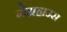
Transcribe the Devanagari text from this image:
गेमहाउस